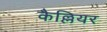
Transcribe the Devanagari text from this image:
कैल्लियर